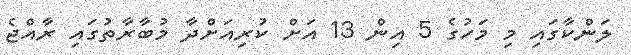
ލަންކާގައި މި މަހުގެ 5 އިން 13 އަށް ކުރިއަށްދާ މުބާރާތުގައި ރާއްޖެ